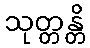
သုတ္တန္တိ